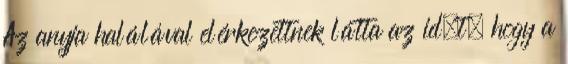
Az anyja halálával elérkezettnek látta az idıt, hogy a